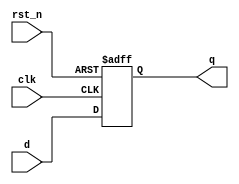
module synchronous_register (
    input wire clk,             // Clock input
    input wire rst_n,           // Active low reset
    input wire [3:0] d,        // Data input
    output reg [3:0] q         // Data output
);

    // Always block triggered on the rising edge of the clock or active low reset
    always @(posedge clk or negedge rst_n) begin
        if (!rst_n) begin
            q <= 4'b0000;      // Reset the output to 0
        end else begin
            q <= d;           // Update output with input data
        end
    end
endmodule